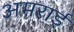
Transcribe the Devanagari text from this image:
अमराई